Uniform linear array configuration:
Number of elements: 64
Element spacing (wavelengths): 0.5
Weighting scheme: hann
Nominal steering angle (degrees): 45
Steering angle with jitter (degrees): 45.435
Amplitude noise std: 0.05
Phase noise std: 0.05

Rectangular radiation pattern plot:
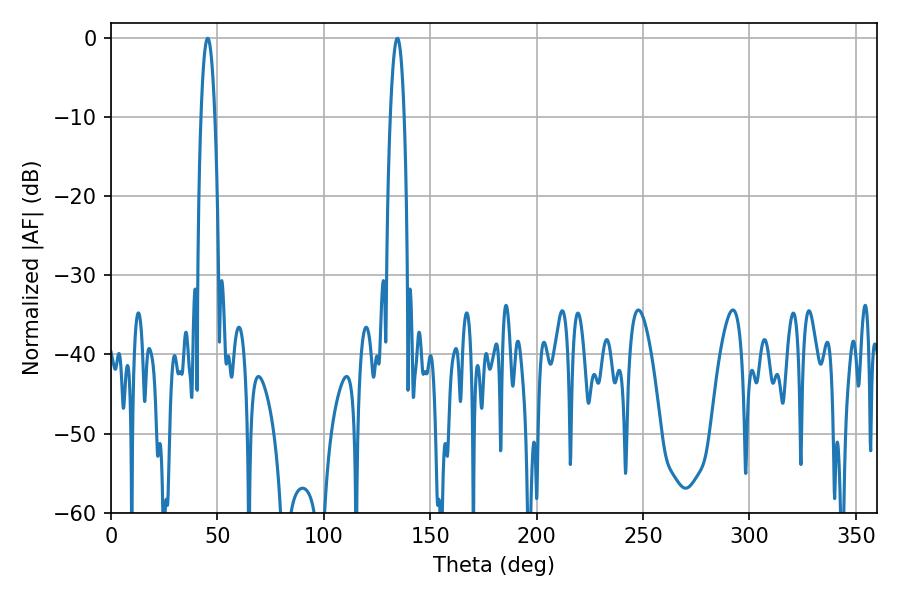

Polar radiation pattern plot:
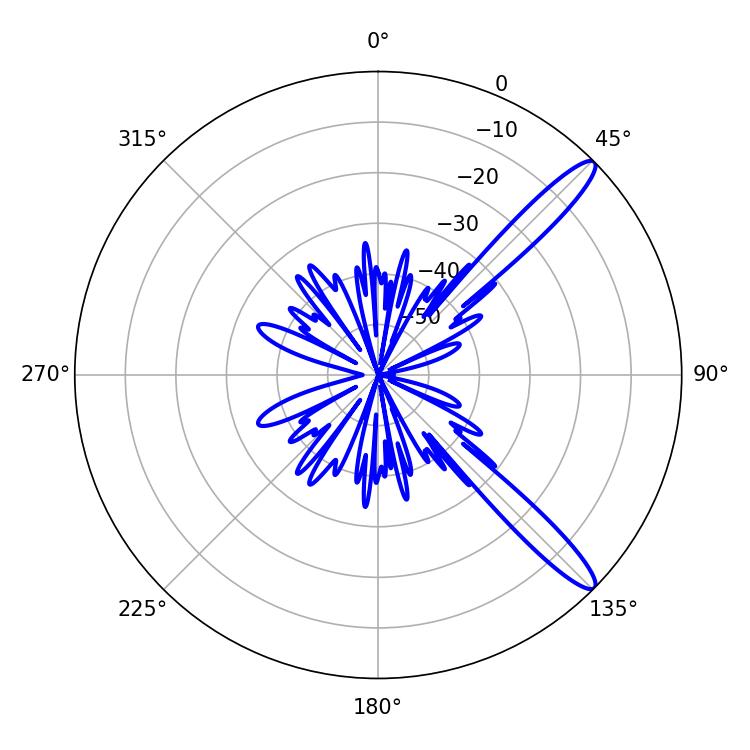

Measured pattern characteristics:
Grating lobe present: FALSE
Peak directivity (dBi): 13.131
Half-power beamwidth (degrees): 3.42
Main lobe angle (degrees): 134.64